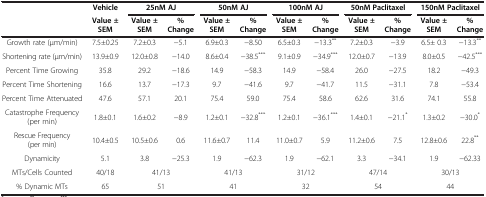
<table><thead><tr><td><b> </b></td><td><b>Vehicle</b></td><td colspan="2"><b>25nM AJ</b></td><td colspan="2"><b>50nM AJ</b></td><td colspan="2"><b>100nM AJ</b></td><td colspan="2"><b>50nM Paclitaxel</b></td><td colspan="2"><b>150nM Paclitaxel</b></td></tr><tr><td><b> </b></td><td><b>Value ± SEM</b></td><td><b>Value ± SEM</b></td><td><b>% Change</b></td><td><b>Value ± SEM</b></td><td><b>% Change</b></td><td><b>Value ± SEM</b></td><td><b>% Change</b></td><td><b>Value ± SEM</b></td><td><b>% Change</b></td><td><b>Value ± SEM</b></td><td><b>% Change</b></td></tr></thead><tbody><tr><td>Growth rate (μm/min)</td><td>7.5±0.25</td><td>7.2±0.3</td><td>−5.1</td><td>6.9±0.3</td><td>−8.50</td><td>6.5±0.3</td><td>−13.3<sup>**</sup></td><td>7.2±0.3</td><td>−3.9</td><td>6.5± 0.3</td><td>−13.3<sup>**</sup></td></tr><tr><td>Shortening rate (μm/min)</td><td>13.9±0.9</td><td>12.0±0.8</td><td>−14.0</td><td>8.6±0.4</td><td>−38.5<sup>***</sup></td><td>9.1±0.9</td><td>−34.9<sup>***</sup></td><td>12.0±0.7</td><td>−13.9</td><td>8.0±0.5</td><td>−42.5<sup>***</sup></td></tr><tr><td>Percent Time Growing</td><td>35.8</td><td>29.2</td><td>−18.6</td><td>14.9</td><td>−58.3</td><td>14.9</td><td>−58.4</td><td>26.0</td><td>−27.5</td><td>18.2</td><td>−49.3</td></tr><tr><td>Percent Time Shortening</td><td>16.6</td><td>13.7</td><td>−17.3</td><td>9.7</td><td>−41.6</td><td>9.7</td><td>−41.7</td><td>11.5</td><td>−31.1</td><td>7.8</td><td>−53.4</td></tr><tr><td>Percent Time Attenuated</td><td>47.6</td><td>57.1</td><td>20.1</td><td>75.4</td><td>59.0</td><td>75.4</td><td>58.6</td><td>62.6</td><td>31.6</td><td>74.1</td><td>55.8</td></tr><tr><td>Catastrophe Frequency (per min)</td><td>1.8±0.1</td><td>1.6±0.2</td><td>−8.9</td><td>1.2±0.1</td><td>−32.8<sup>***</sup></td><td>1.2±0.1</td><td>−36.1<sup>***</sup></td><td>1.4±0.1</td><td>−21.1<sup>*</sup></td><td>1.3±0.2</td><td>−30.0<sup>*</sup></td></tr><tr><td>Rescue Frequency (per min)</td><td>10.4±0.5</td><td>10.5±0.6</td><td>0.6</td><td>11.6±0.7</td><td>11.4</td><td>11.0±0.7</td><td>5.9</td><td>11.2±0.6</td><td>7.5</td><td>12.8±0.6</td><td>22.8<sup>**</sup></td></tr><tr><td>Dynamicity</td><td>5.1</td><td>3.8</td><td>−25.3</td><td>1.9</td><td>−62.3</td><td>1.9</td><td>−62.1</td><td>3.3</td><td>−34.1</td><td>1.9</td><td>−62.33</td></tr><tr><td>MTs/Cells Counted</td><td>40/18</td><td colspan="2">41/13</td><td colspan="2">41/13</td><td colspan="2">31/12</td><td colspan="2">47/14</td><td colspan="2">30/13</td></tr><tr><td>% Dynamic MTs</td><td>65</td><td colspan="2">51</td><td colspan="2">41</td><td colspan="2">32</td><td colspan="2">54</td><td colspan="2">44</td></tr></tbody></table>